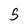
Character: 5